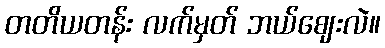
တတိယတန်း လက်မှတ် ဘယ်ဈေးလဲ။